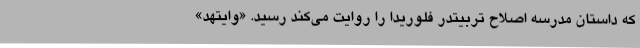
که داستان مدرسه اصلاح تربیتدر فلوریدا را روایت می‌کند رسید. «وایتهد»